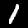
Digit: 1